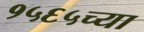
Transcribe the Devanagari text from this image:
१५६५च्या